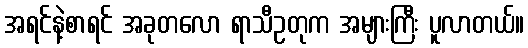
အရင်နဲ့စာရင် အခုတလော ရာသီဥတုက အများကြီး ပူလာတယ်။